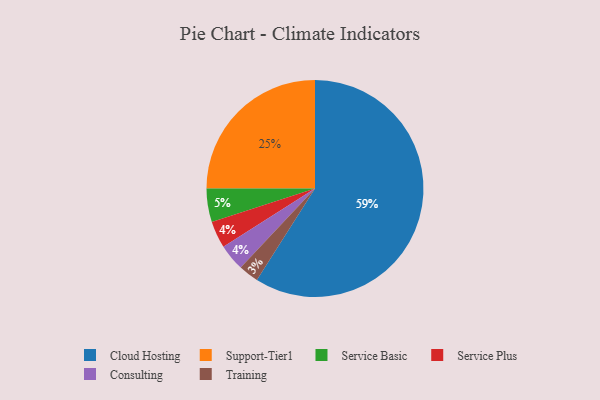
{"axis": {"x": "Category", "y": "Percentage"}, "legend": ["Cloud Hosting", "Consulting", "Service Basic", "Service Plus", "Support-Tier1", "Training"], "data": [{"x": "Cloud Hosting", "y": 59, "type": "Cloud Hosting"}, {"x": "Training", "y": 3, "type": "Training"}, {"x": "Service Plus", "y": 4, "type": "Service Plus"}, {"x": "Service Basic", "y": 5, "type": "Service Basic"}, {"x": "Support-Tier1", "y": 25, "type": "Support-Tier1"}, {"x": "Consulting", "y": 4, "type": "Consulting"}]}